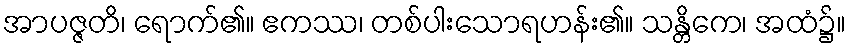
အာပဇ္ဇတိ၊ ရောက်၏။ ဧကဿ၊ တစ်ပါးသောရဟန်း၏။ သန္တိကေ၊ အထံ၌။